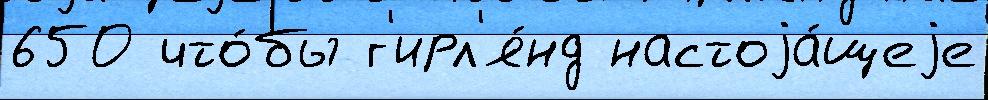
650 что́бы г'ирл'я́нд настоjа́щеjе